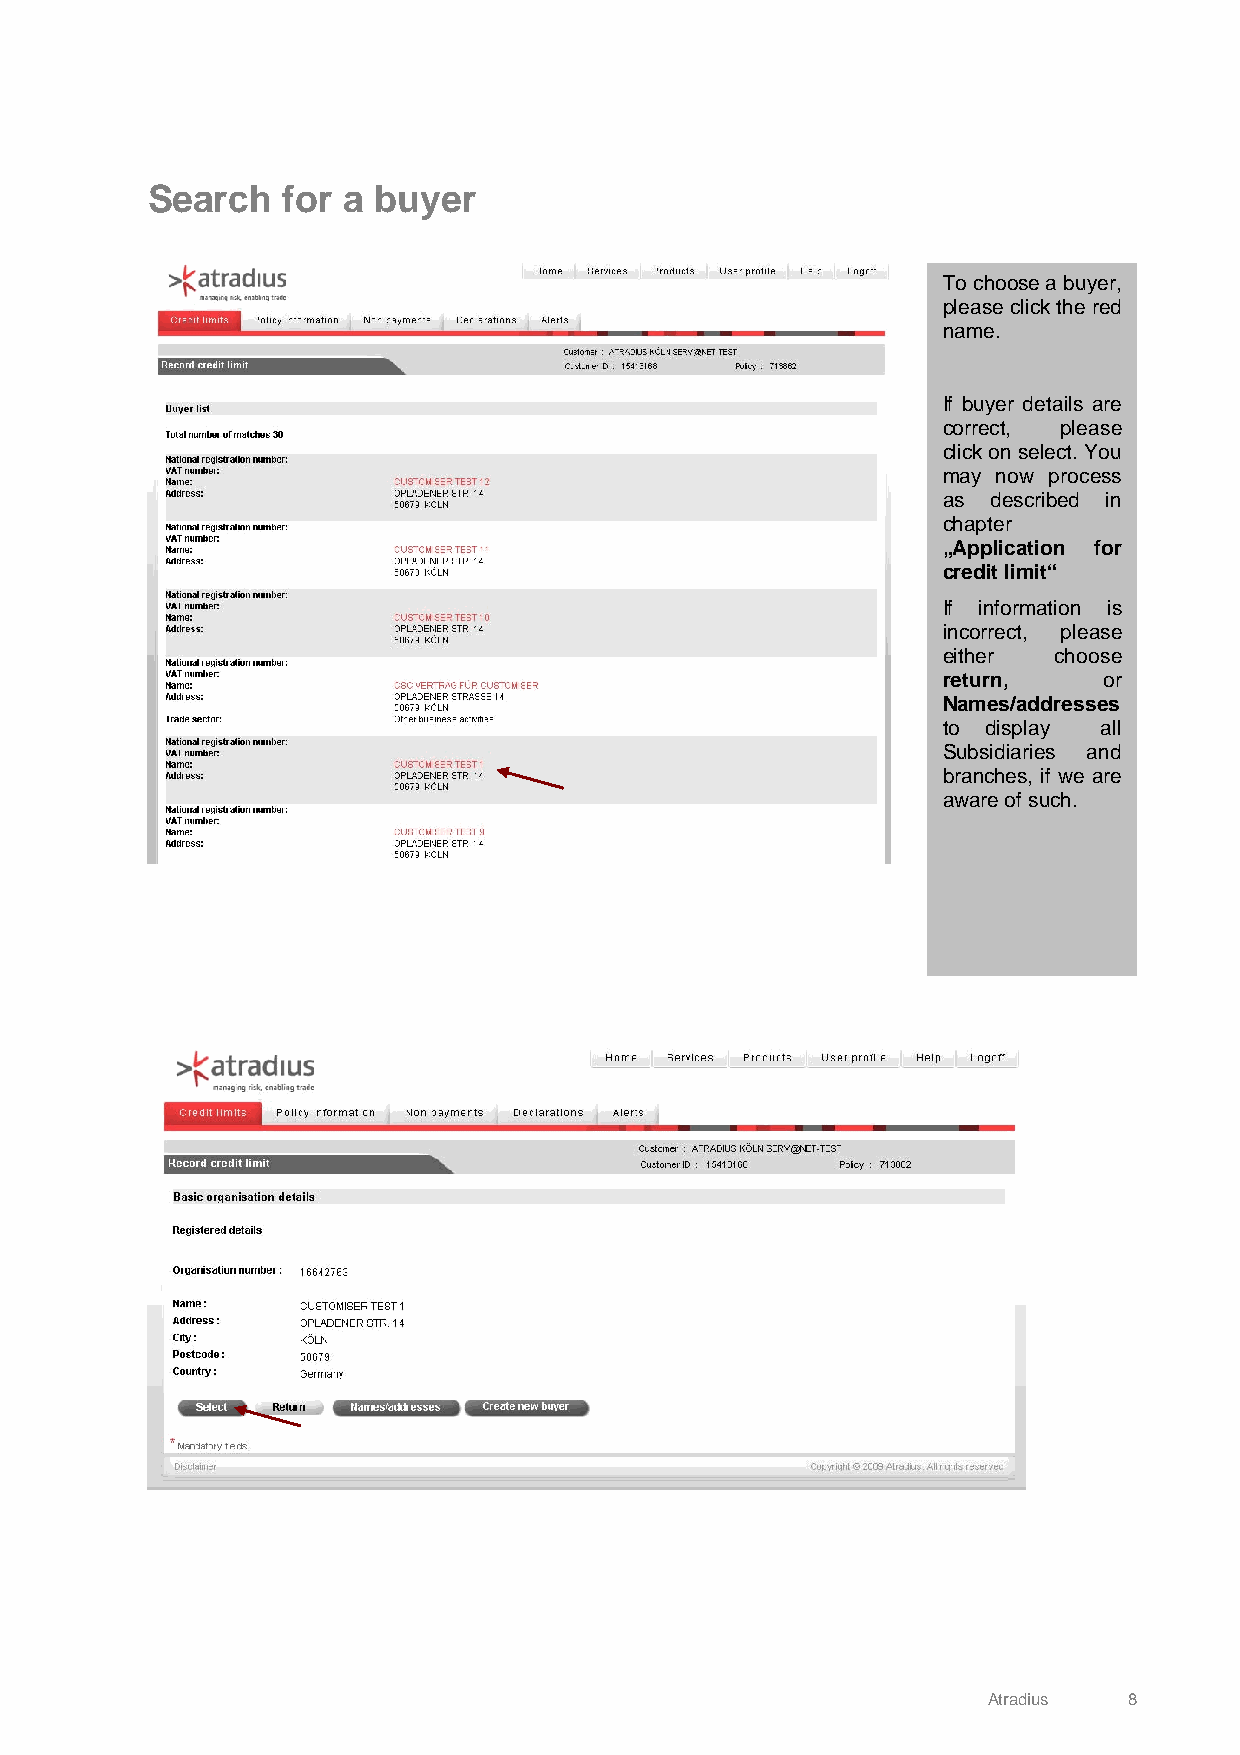
Search   for a buyer
 To choose a buyer,
 please click the red
 name.
 If buyer details are
 correct, please
 click on select. You
 may now process
 as  described in
 chapter
 „Application for
 credit limit“
 If information is
 incorrect, please
 either  choose
 return,    or
 Names/addresses
 to display all
 Subsidiaries and
 branches, if we are
 aware of such.
 Atradius  8